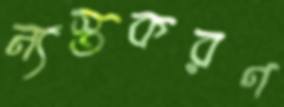
ন্যস্তকরণ